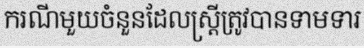
ករណីមួយចំនួនដែលស្ត្រីត្រូវបានទាមទារ